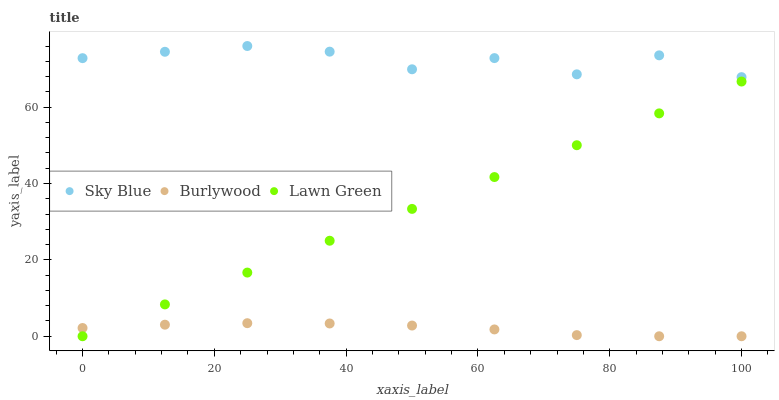
| xaxis_label | Sky Blue | Burlywood | Lawn Green |
 | --- | --- | --- | --- |
 | 0 | 72.8 | 2.16 | 0 |
 | 12.5 | 74.5 | 3.03 | 8.34 |
 | 25 | 76 | 3.42 | 16.7 |
 | 37.5 | 74.5 | 3.35 | 25 |
 | 50 | 69.9 | 2.8 | 33.3 |
 | 62.5 | 72.8 | 1.79 | 41.7 |
 | 75 | 68.6 | 0.3 | 50 |
 | 87.5 | 73.6 | 0 | 58.4 |
 | 100 | 67.9 | 0 | 66.7 |